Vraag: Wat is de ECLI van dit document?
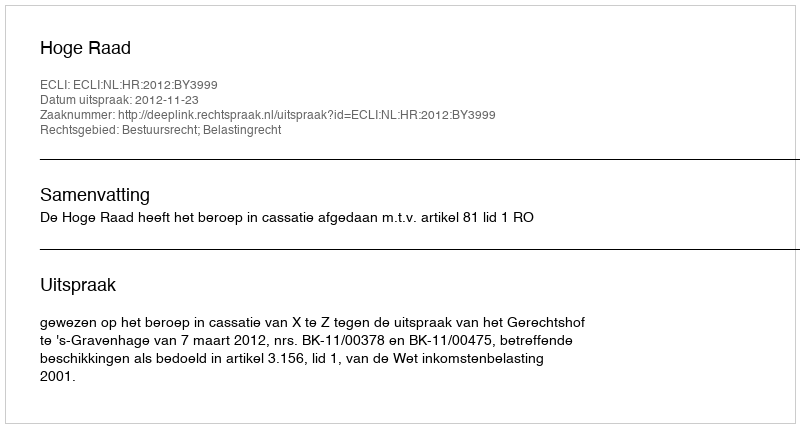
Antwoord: ECLI:NL:HR:2012:BY3999